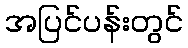
အပြင်ပန်းတွင်